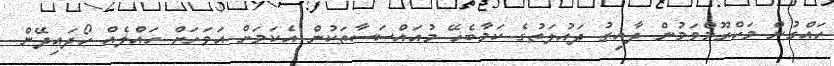
ހައްގުން މަހްރޫމްވަމުން ދާއިރު ދައުލަތުގެ ކަމާބެހޭ މުއައްސަސާތަކުން އެކަމަށް އަވަހަށް ހައްލެއް ހޯދައިދޭން